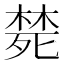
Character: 𭮜